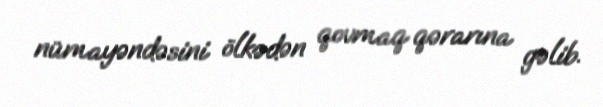
nümayəndəsini ölkədən qovmaq qərarına gəlib.